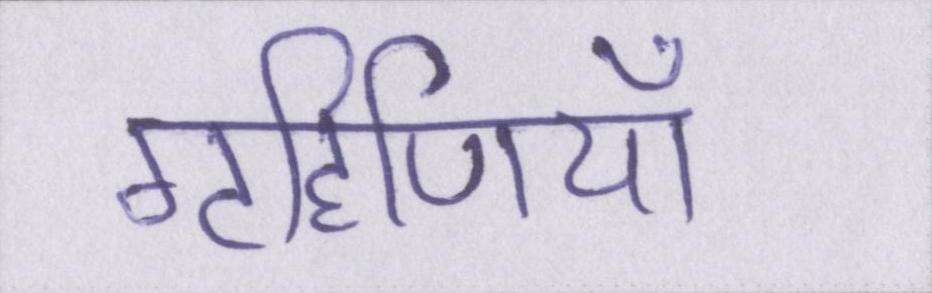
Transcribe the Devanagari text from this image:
गृहिणियाँ